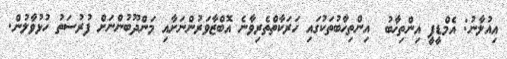
އިއުލާނު: އެމްޑީޕީ އިންތިޚާބު  އިންތިހާބުތަކުގައި ހަރަކާތްތެރިވާނެ އޮބްޒާވަރުންނަށާއި މަންދޫބުންނަށް ފުރުސަތު ހުޅުވާލުން.